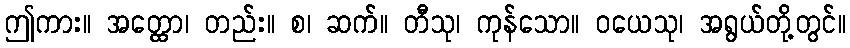
ဤကား။ အတ္ထော၊ တည်း။ စ၊ ဆက်။ တီသု၊ ကုန်သော။ ဝယေသု၊ အရွယ်တို့တွင်။